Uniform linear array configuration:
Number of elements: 8
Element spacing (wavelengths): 0.25
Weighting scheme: blackman
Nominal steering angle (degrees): -15
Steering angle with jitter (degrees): -13.498
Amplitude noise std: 0.05
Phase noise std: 0.05

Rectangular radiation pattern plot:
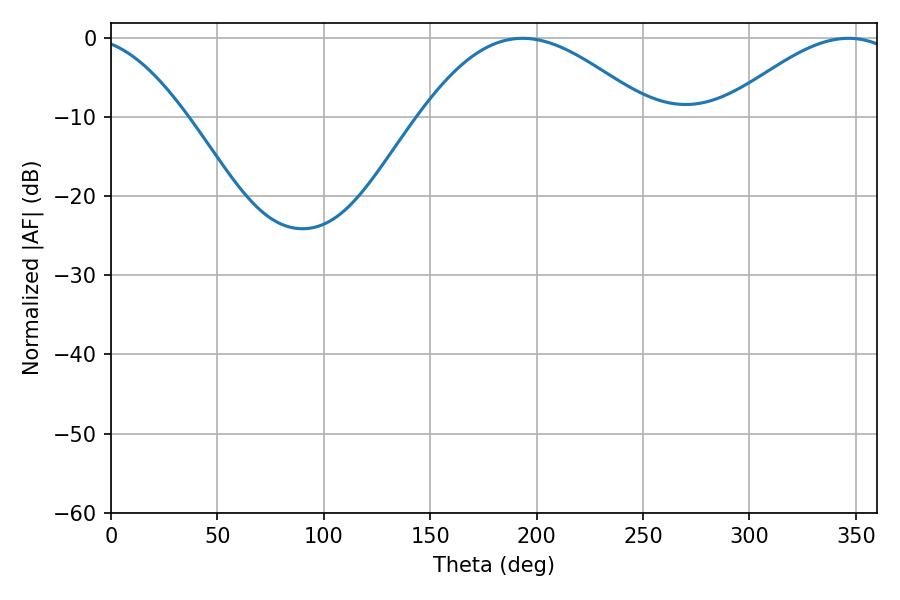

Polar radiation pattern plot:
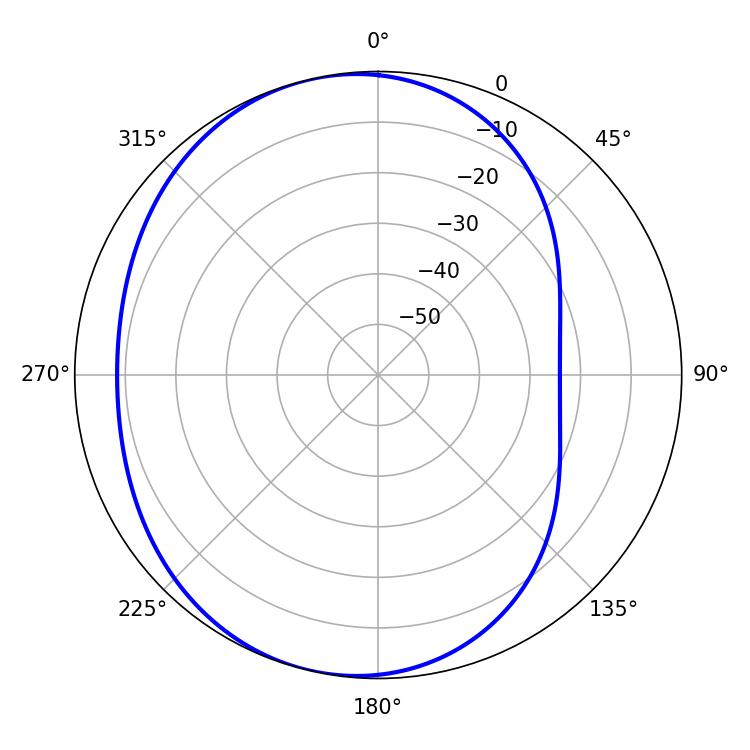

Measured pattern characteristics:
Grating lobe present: FALSE
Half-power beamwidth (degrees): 58.14
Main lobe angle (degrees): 193.5